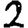
Digit: 2